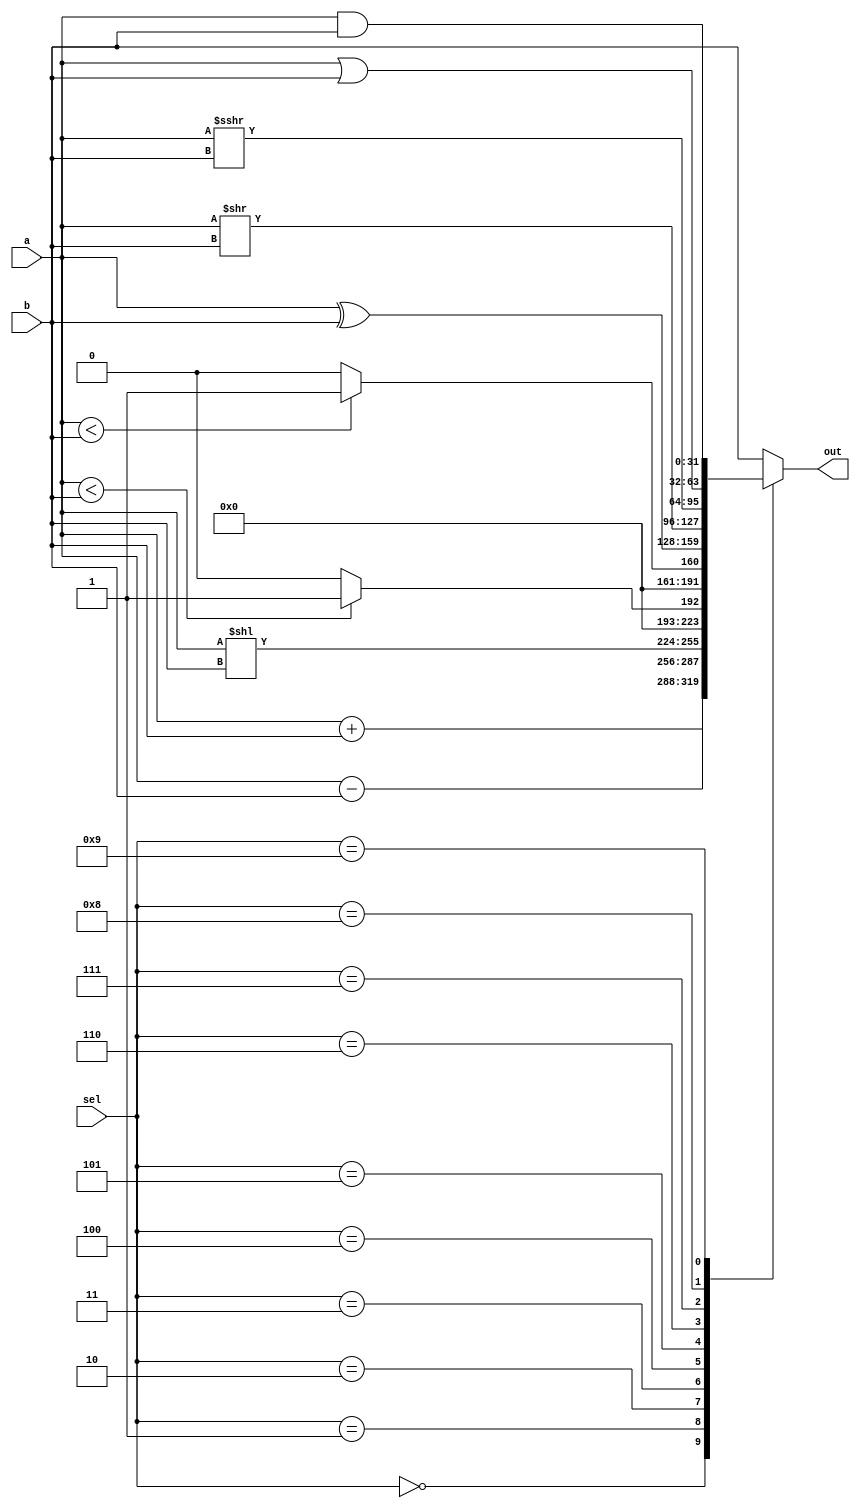
module ALU(a, b, sel, out);
input [31:0] a;
input [31:0] b;
input [3:0] sel;
output [31:0] out;

reg [31:0] out;

always @(*) begin
	case(sel)
	4'b0000: out <= a + b;
	4'b0001: out <= a - b;
	4'b0010: out <= a << b;
	4'b0011: out <= ($signed(a) < $signed(b)) ? 32'd1 : 32'd0;
	4'b0100: out <= (a < b) ? 32'd1 : 32'd0;
	4'b0101: out <= a ^ b;
	4'b0110: out <= a >> b;
	4'b0111: out <= a >>> b;
	4'b1000: out <= a | b;
	4'b1001: out <= a & b;
	default: out <= b;
	endcase
end

initial
	out <= 32'd0;

endmodule

module t_ALU;
reg [31:0] a;
reg [31:0] b;
reg [3:0] op; 
wire [31:0] out;

ALU test(a,b,op,out);

initial begin
  #0 a = 32'd10; b = 32'd1; op=0;
  #20 a = 32'd4; b = 32'd5; op=7;
  #20 a = -2; b = -1; op=3;
  #20 a = -2; b = -4; op=2;
  #20 a = 32'd0; b = 32'd10; op=6;
  #20 a = 0; b = 0; op=13;
end
endmodule